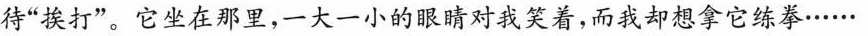
待”挨打”。它坐在那里，一大一小的眼睛对我笑着，而我却想拿它练拳……